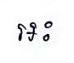
អះ